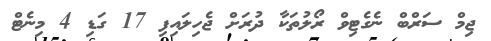
ޖިމް ސަރްބް ނެގެޓިވް ރޯލުތަކާ ދުރަށް ޖެހިލައިފި 17 ގަޑި 4 މިނެޓް